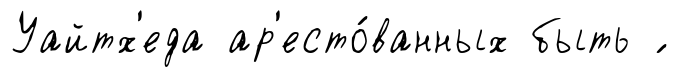
Уайтх'еда ар'есто́ванных быть ́